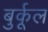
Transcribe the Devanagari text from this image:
बुर्कूल